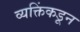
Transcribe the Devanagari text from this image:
व्यक्तिंकडून